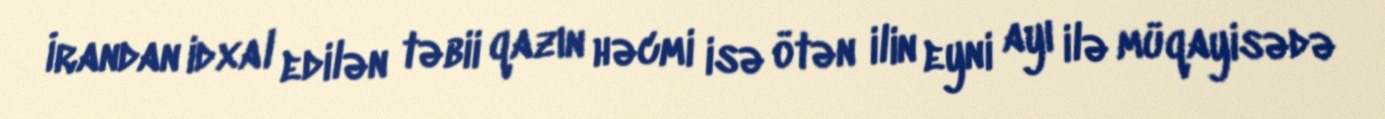
İrandan idxal edilən təbii qazın həcmi isə ötən ilin eyni ayı ilə müqayisədə